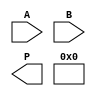
module WallaceTreeMultiplier #(parameter N = 4) (
    input [N-1:0] A,
    input [N-1:0] B,
    output [2*N-1:0] P
);

    // Partial product generation
    wire [N-1:0] pp[N-1:0]; // Partial products
    genvar i, j;
    generate
        for (i = 0; i < N; i = i + 1) begin : gen_partial_products
            assign pp[i] = A & {N{B[i]}};
        end
    endgenerate

    // Carry-Save Adder (CSA) structure
    wire [N-1:0] sum[N-1:0];
    wire [N-1:0] carry[N-1:0];

    // Initialize the first level of CSA
    assign sum[0] = pp[0];
    assign carry[0] = 0;

    // Wallace tree reduction
    genvar level;
    for (level = 0; level < N-1; level = level + 1) begin : wallace_tree
        wire [N-1:0] sum_temp;
        wire [N-1:0] carry_temp;
        
        // Group of 3 inputs at each level
        for (i = 0; i < (N + 2) / 3; i = i + 1) begin : group
            if (3*i < N) begin
                assign sum_temp = sum[level][3*i] + sum[level][3*i+1] + (3*i+2 < N ? sum[level][3*i+2] : 0);
                assign carry_temp = carry[level][3*i] + carry[level][3*i+1] + (3*i+2 < N ? carry[level][3*i+2] : 0);
            end
        end
        
        assign sum[level + 1] = sum_temp;
        assign carry[level + 1] = carry_temp;
    end

    // Final addition using a carry-lookahead adder or ripple-carry adder
    wire [N-1:0] final_sum;
    wire [N-1:0] final_carry;

    assign final_sum = sum[N-1] + carry[N-1];
    assign final_carry = (sum[N-1] & carry[N-1]);

    // Final product
    assign P = {final_carry, final_sum};

endmodule